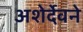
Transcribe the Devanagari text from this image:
अशेर्देवने